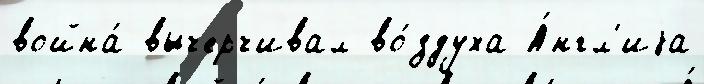
война́ вычерчивал во́здуха А́нгл'иjа